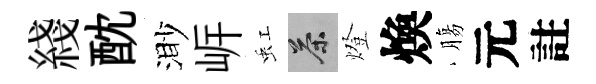
綫酖渺㟁虹茶燈煥膓元註